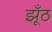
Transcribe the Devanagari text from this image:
झूँठ